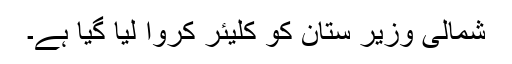
شمالی وزیر ستان کو کلیئر کروا لیا گیا ہے۔